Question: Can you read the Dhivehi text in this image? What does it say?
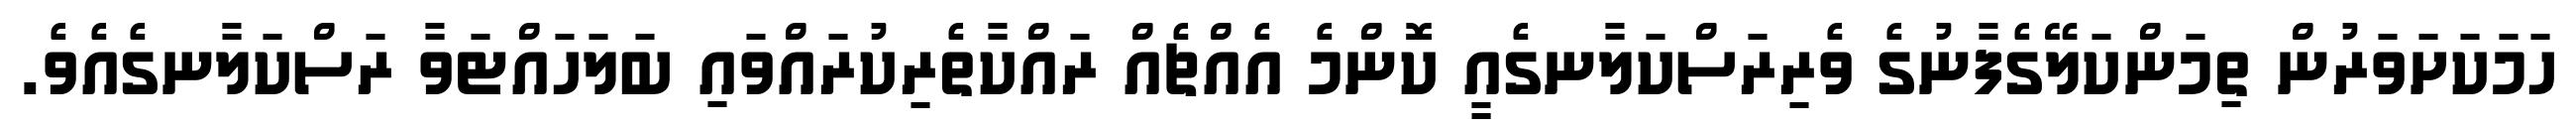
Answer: ހަމަކަށަވަރުން ތިމަންކަލޭގެފާނުގެ ވެރިރަސްކަލާނގެއީ ކޮންމެ އެއްޗެއް ރައްކާތެރިކުރައްވައި ބަލަހައްޓަވާ ރަސްކަލާނގެއެވެ.